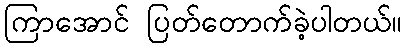
ကြာအောင် ပြတ်တောက်ခဲ့ပါတယ်။